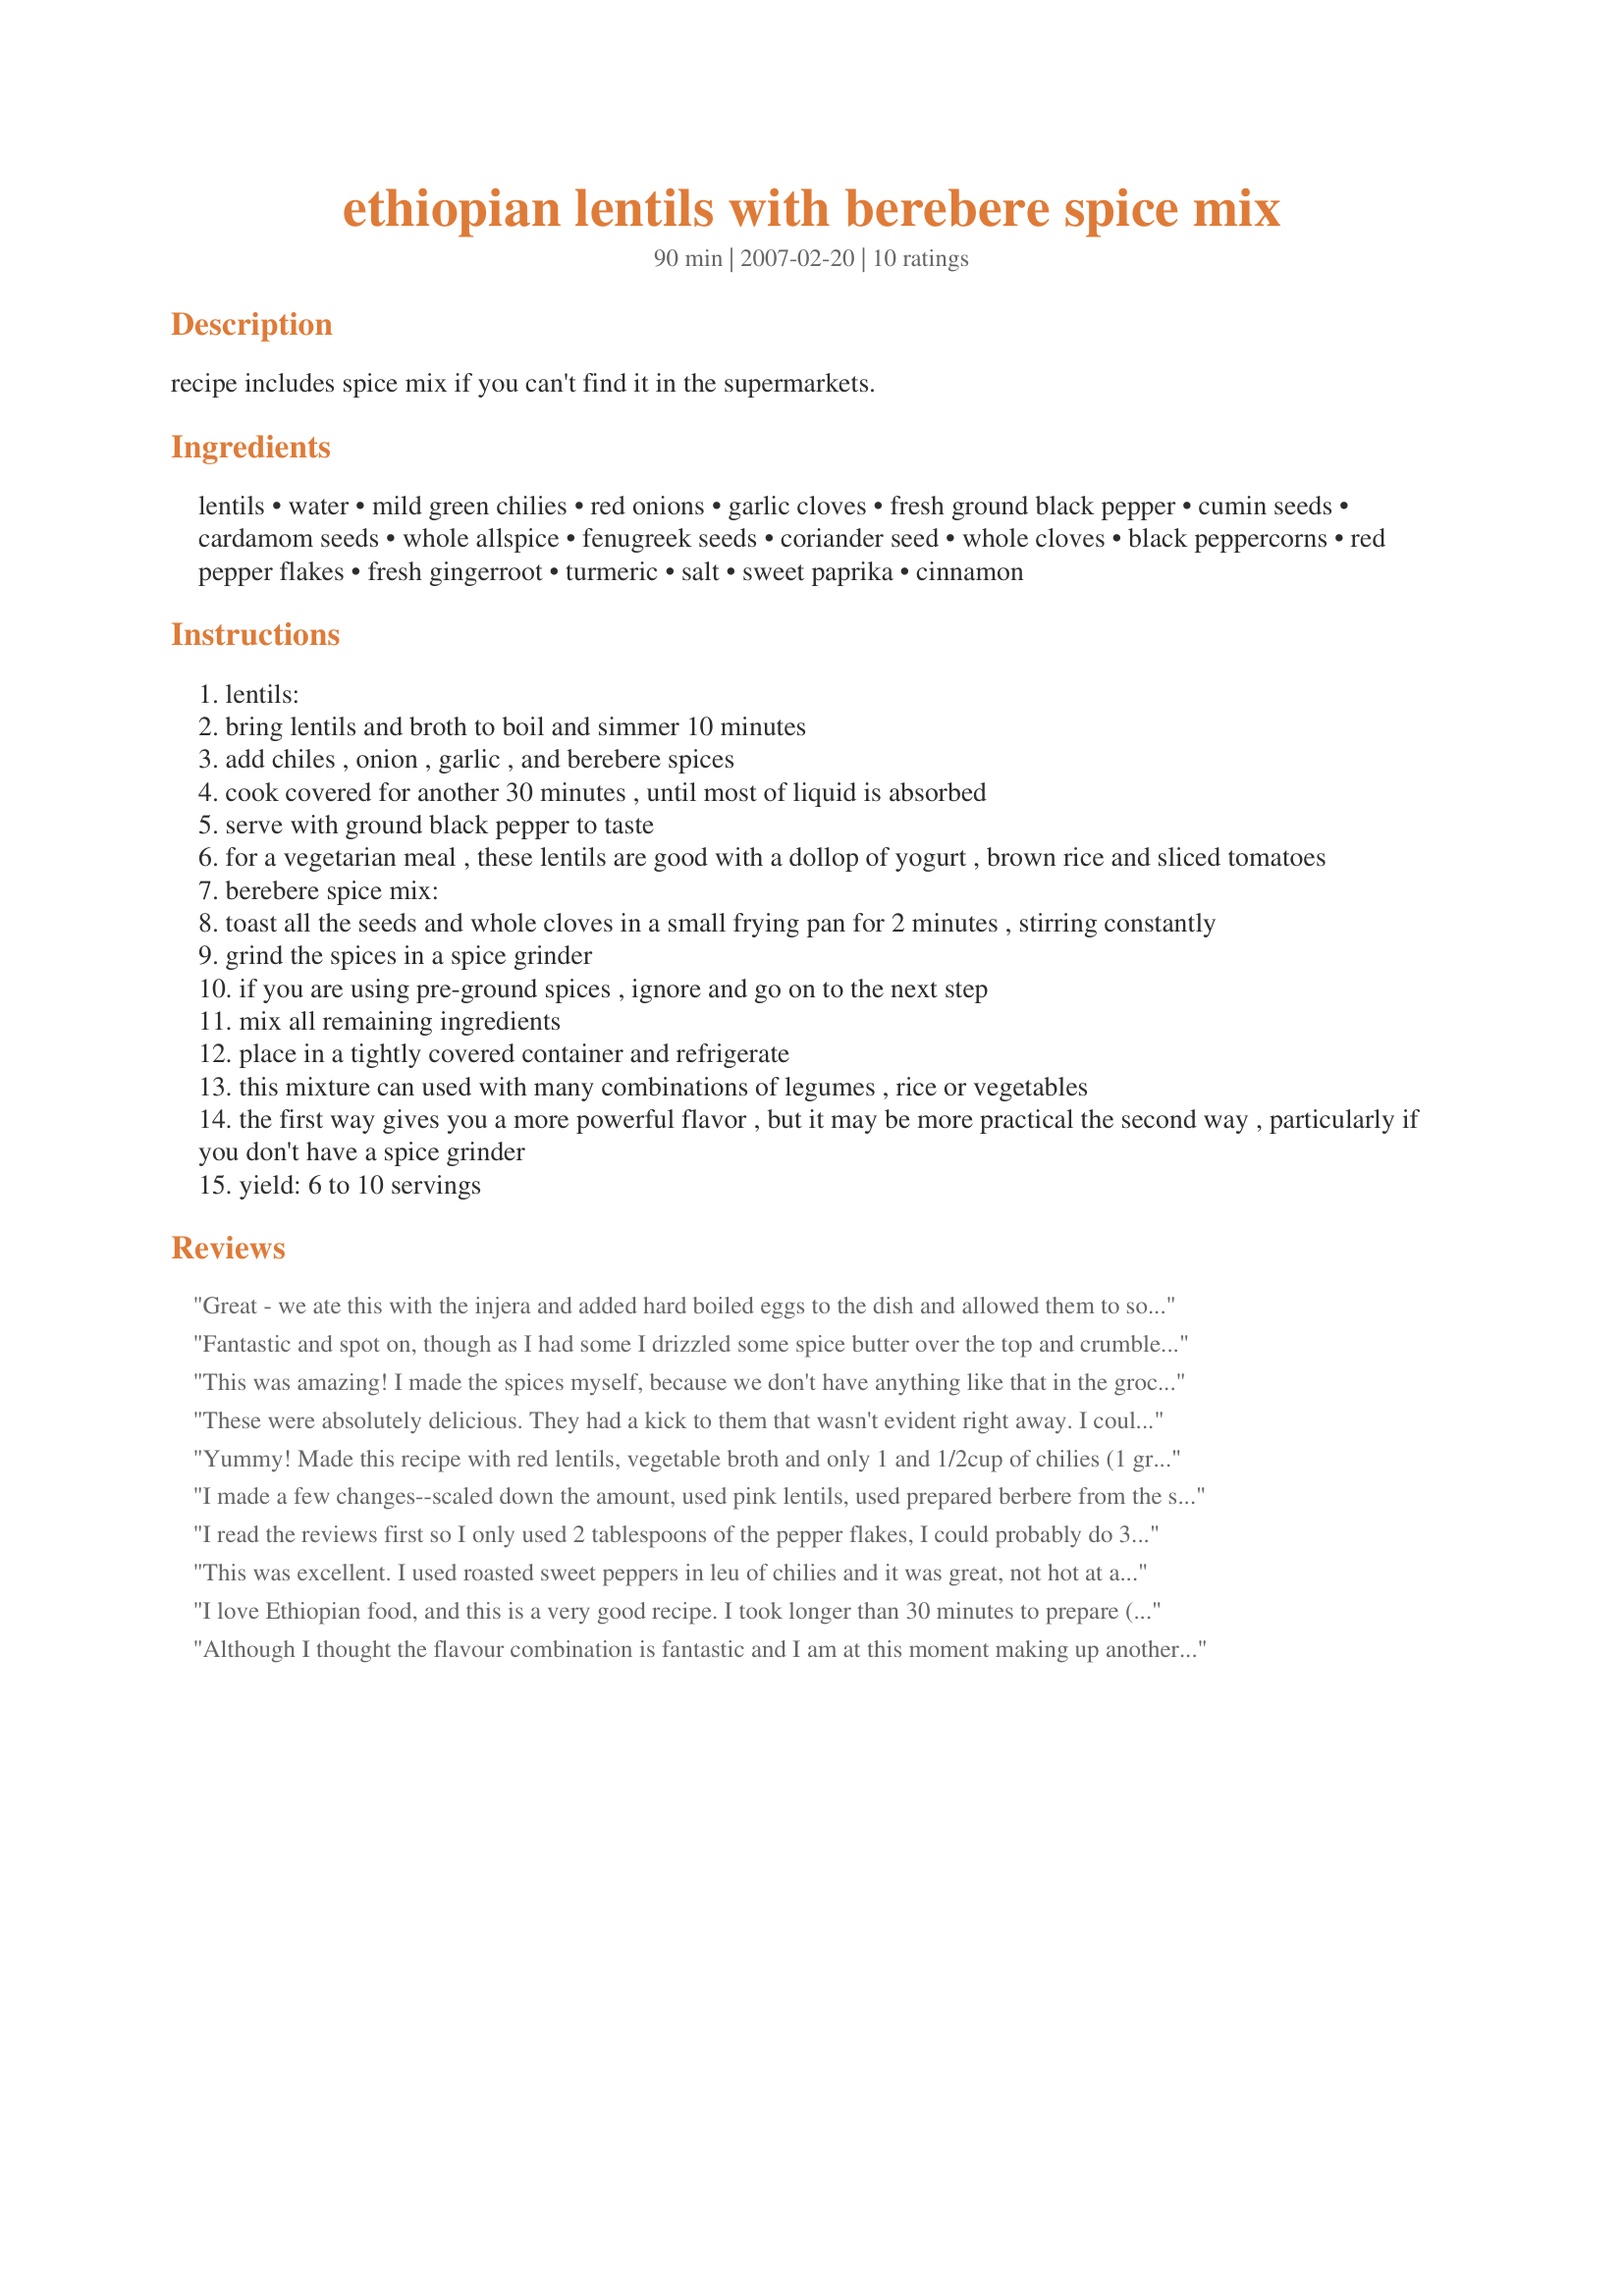
ethiopian lentils with berebere spice mix
Preparation time: 90 minutes

recipe includes spice mix if you can't find it in the supermarkets.

Ingredients:
lentils, water, mild green chilies, red onions, garlic cloves, fresh ground black pepper, cumin seeds, cardamom seeds, whole allspice, fenugreek seeds, coriander seed, whole cloves, black peppercorns, red pepper flakes, fresh gingerroot, turmeric, salt, sweet paprika, cinnamon

Steps:
lentils:
bring lentils and broth to boil and simmer 10 minutes
add chiles , onion , garlic , and berebere spices
cook covered for another 30 minutes , until most of liquid is absorbed
serve with ground black pepper to taste
for a vegetarian meal , these lentils are good with a dollop of yogurt , brown rice and sliced tomatoes
berebere spice mix:
toast all the seeds and whole cloves in a small frying pan for 2 minutes , stirring constantly
grind the spices in a spice grinder
if you are using pre-ground spices , ignore and go on to the next step
mix all remaining ingredients
place in a tightly covered container and refrigerate
this mixture can used with many combinations of legumes , rice or vegetables
the first way gives you a more powerful flavor , but it may be more practical the second way , particularly if you don't have a spice grinder
yield: 6 to 10 servings

Reviews:
Great - we ate this with the injera and added hard boiled eggs to the dish and allowed them to soak up the flavours for a few hours. We used a mixture of red and brown lentils to give it some texture. I prefered the brown and would use more brown lentils than red in future, The spice mix is great and we made plenty to make the dish again.
Fantastic and spot on, though as I had some I drizzled some spice butter over the top and crumbled a little feta on as well.

Yum.
This was amazing! I made the spices myself, because we don't have anything like that in the grocery stores here. I also cut the onions and chilis in half (just a personal preference - our chilis weren't seeded, so we didn't want our mouths to burst into flames), and it was wonderful!! We really enjoyed it, and we'll definitely make it again. Oh, also used the veggie broth, and I definitely recommend that. It smelled SO tasty. Made this with Recipe #140763 and Recipe #183697.
These were absolutely delicious. They had a kick to them that wasn't evident right away. I could not find fenugreek (after going to 3 different stores I gave up), and the cardamom was VERY expensive ($14 for a regular spice jar), I would be interested in knowing if there are different options than those two for future reference. I cut the recipe down to serves 2 and we still had a lot of leftovers - they will make a perfect lunch. This is a definite make again recipe :)
Yummy! Made this recipe with red lentils, vegetable broth and only 1 and 1/2cup of chilies (1 green pepper and 2-3 anaheim peppers). Since we had a guest at our table, I didn't want to make it too spices, so after making the spice mix, I only added 1 tablespoon instead of 2. I have to say eating the left overs the next days was even better. Served with Injera and Potato salad. I think from now on I will make the Ethiopian dishes a day in advance.
I made a few changes--scaled down the amount, used pink lentils, used prepared berbere from the store, used sweet onion instead of red, and omitted the green chili but added some cayenne--but it was DELICIOUS! Next time, I'll make sure to have all the ingredients on hand and try it that way...thanks!
I read the reviews first so I only used 2 tablespoons of the pepper flakes, I could probably do 3 and be just fine. Also, I felt like it was missing something so I added a small amount of brown sugar and yams for texture. It was wonderful and I will be making this regularly.
This was excellent. I used roasted sweet peppers in leu of chilies and it was great, not hot at all. The flavors were a perfect balance and took me back to Ethiopia. Delicious. I served it with tikal gomen and basmati. I will make this again and again, especially when my garden sweet peppers are abundant.
I love Ethiopian food, and this is a very good recipe. I took longer than 30 minutes to prepare (mainly roasting chiles), but it was worth it. I also added some hot peppers as the recipe is not very hot.
Although I thought the flavour combination is fantastic and I am at this moment making up another big batch of it for using on just everything I am only giving it 3 stars because it was unbearably hot. I am very used to hot food and found it way too hot and my poor husband could barely eat it. I followed the spice mix directions ecaxctely. I subbed half the lentils for the same weight in sweet potato and because it was so spicy I added one zucchini, and some spinach and also lemon juice. I served it with rice. I am making it again because I like the spice combination but I am not adding any chili this time but will add it in depending what I am cooking. thanks for posting
